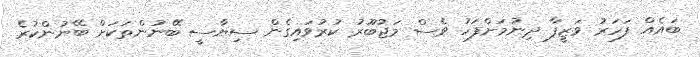
ބައެއް ފަހަރު ވަޒީފާ ދިނުމަށްފަހު ވެސް މަޖުބޫރު ކުރުވައިގެން ސިޔާސީ ބޭނުންތަކަށް ބޭނުންކުރެ